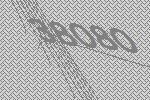
38080